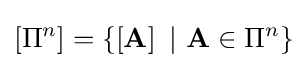
\left[\Pi ^{n}\right]=\left\{\left[\mathbf {A} \right]\ |\ \mathbf {A} \in \Pi ^{n}\right\}